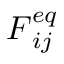
\boldsymbol { F } _ { i j } ^ { e q }